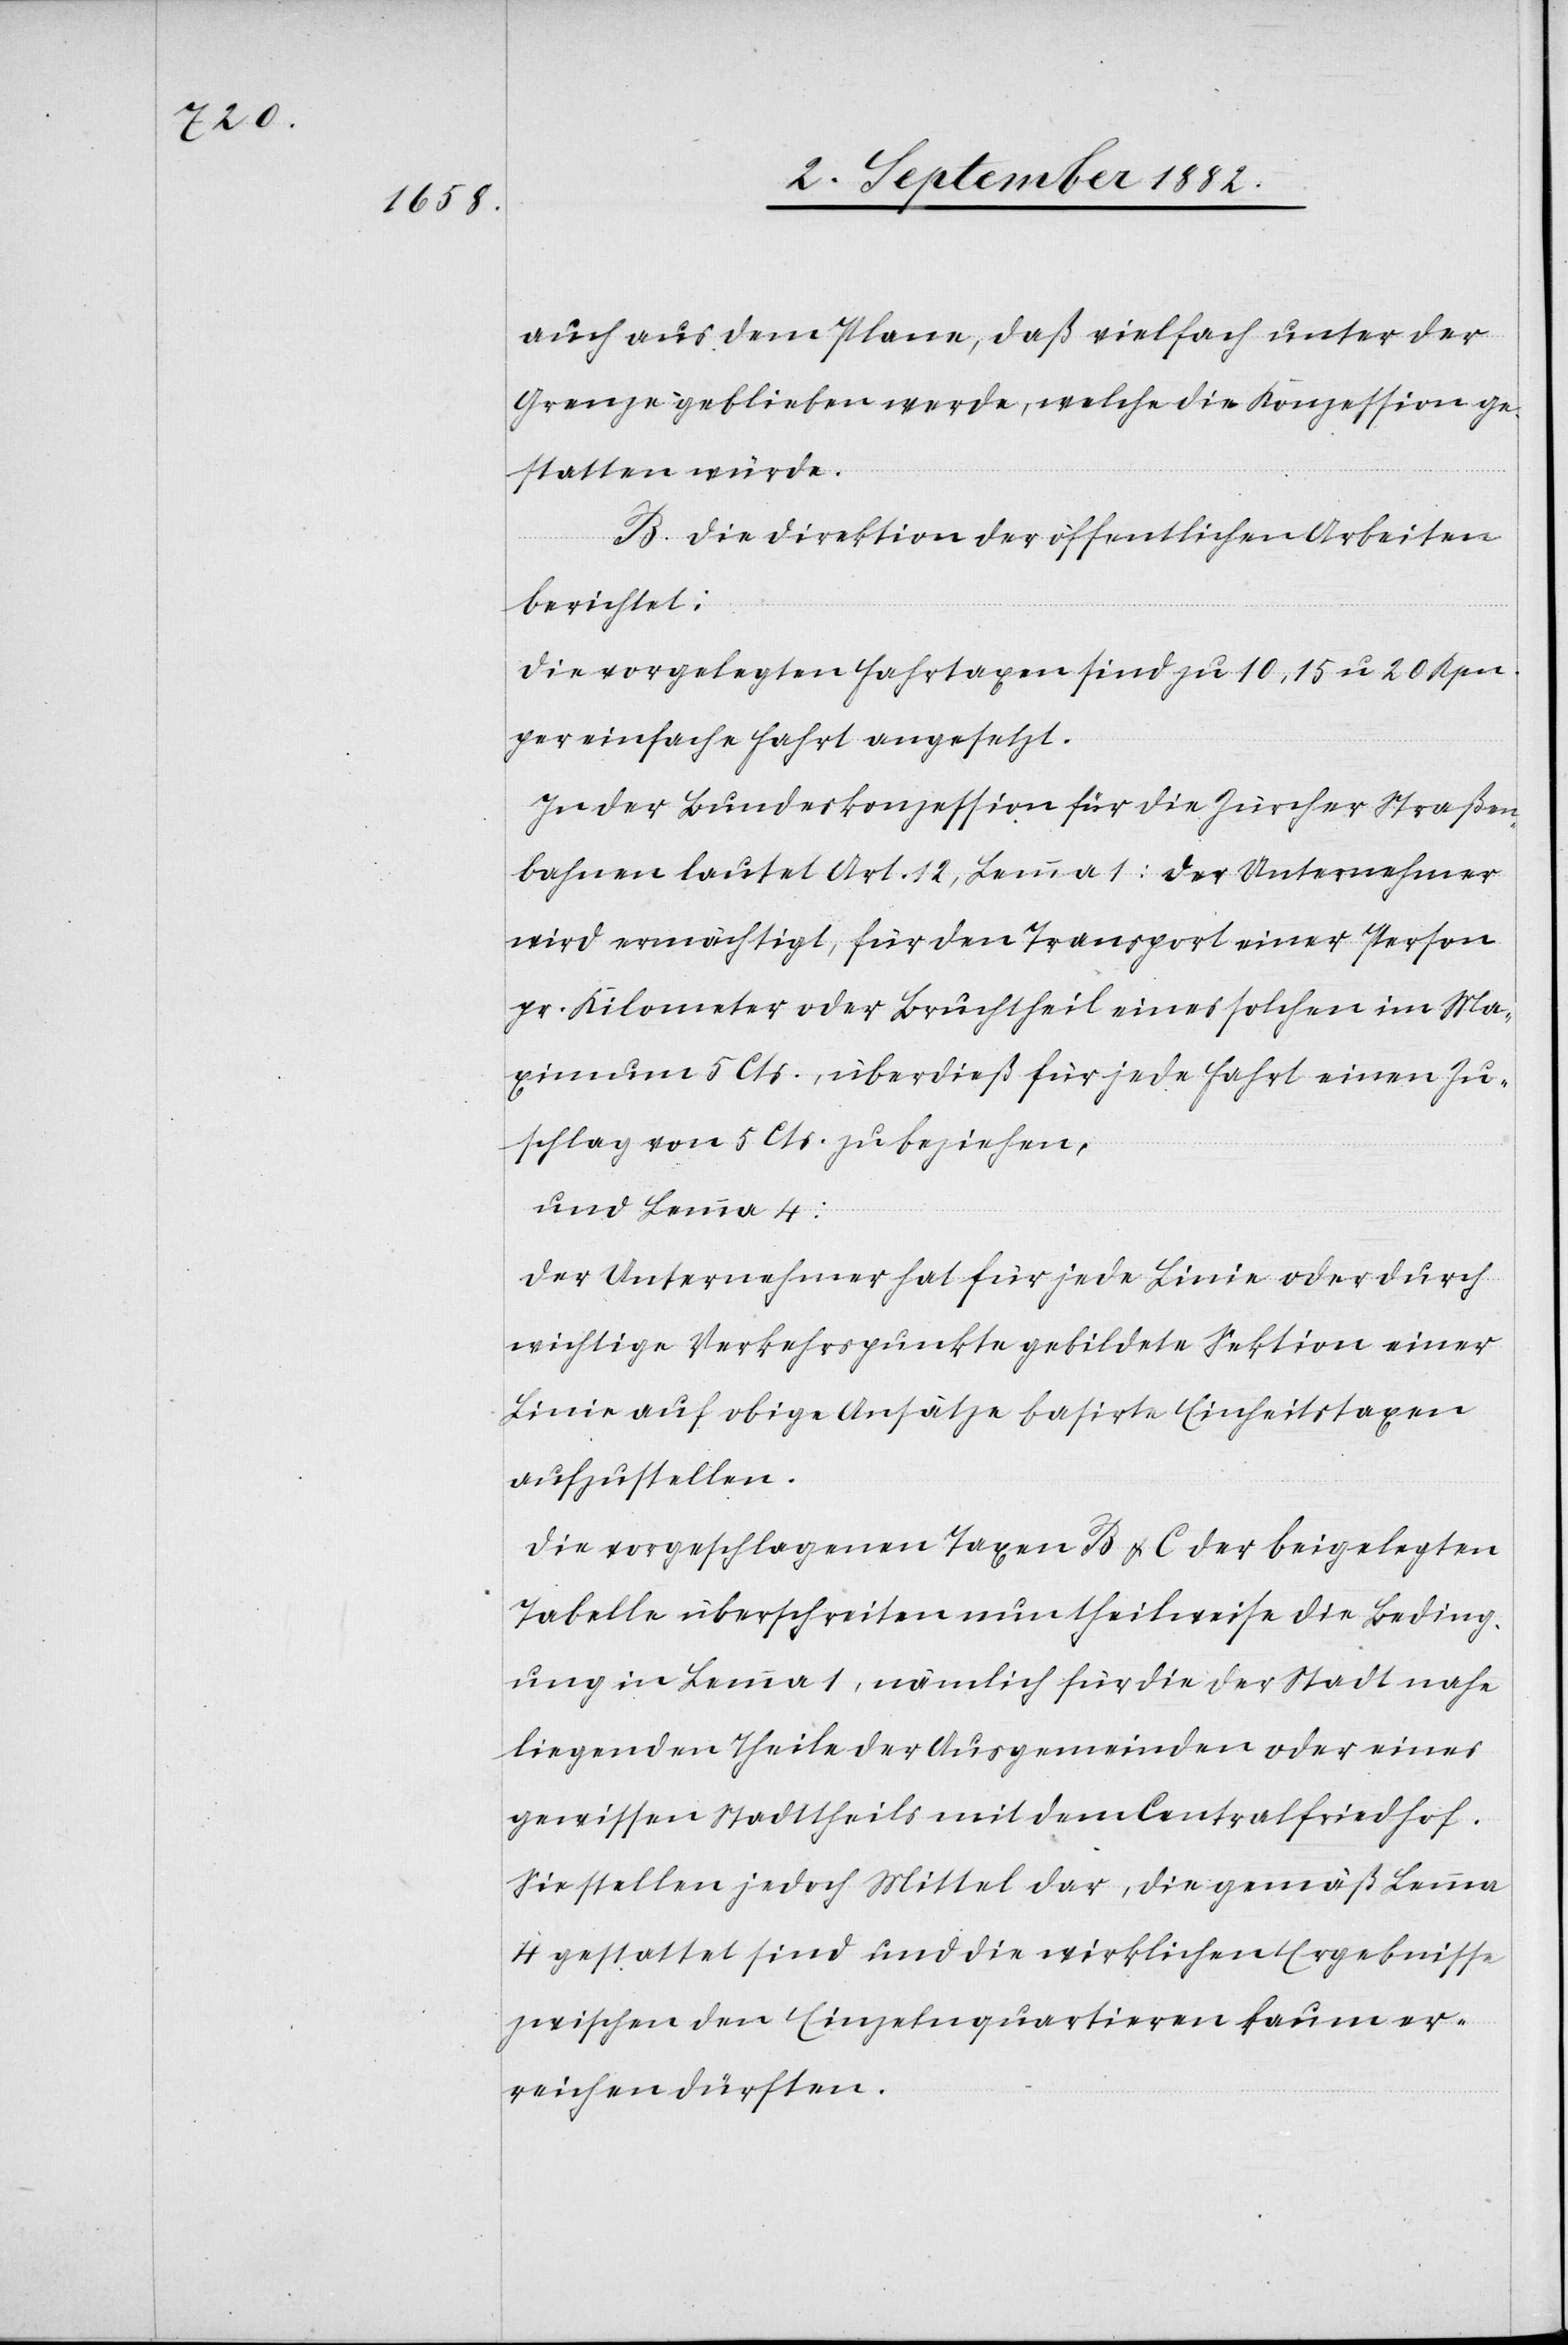
auch aus dem Plane, daß vielfach unter der
Grenze geblieben werde, welche die Konzession ge¬
statten würde.
B. Die Direktion der öffentlichen Arbeiten
berichtet:
Die vorgelegten Fahrtaxen sind zu 10, 15 u. 20 Rpn.
per einfache Fahrt angesetzt.
In der Bundeskonzession für die Zürcher Straßen¬
bahnen lautet Art. 12, Lemma 1: Der Unternehmer
wird ermächtigt, für den Transport einer Person
pr. Kilometer oder Bruchtheil eines solchen im Ma¬
ximum 5 Cts., überdieß für jede Fahrt einen Zu¬
schlag von 5 Cts. zu beziehen,
und Lemma 4:
Der Unternehmer hat für jede Linie oder durch
wichtige Verkehrspunkte gebildete Sektion einer
Linie auf obige Ansätze basirte Einheitstaxen
aufzustellen.
Die vorgeschlagenen Taxen B & C der beigelegten
Tabelle überschreiten nun theilweise die Beding¬
ung in Lemma 1, nämlich für die der Stadt nahe
liegenden Theile der Ausgemeinden oder eines
gewissen Stadttheils mit dem Centralfriedhof.
Sie stellen jedoch Mittel dar, die gemäß Lemma
4 gestattet sind und die wirklichen Ergebnisse
zwischen den Einzelnquartieren kaum er¬
reichen dürften.